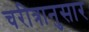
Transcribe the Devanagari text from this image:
चरीत्रानुसार